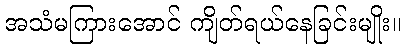
အသံမကြားအောင် ကျိတ်ရယ်နေခြင်းမျိုး။